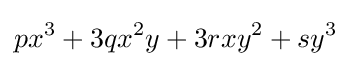
px^{3}+3qx^{2}y+3rxy^{2}+sy^{3}